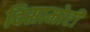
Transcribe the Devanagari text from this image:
विसामोरी